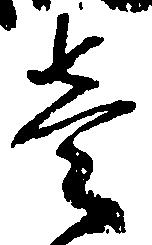
壱